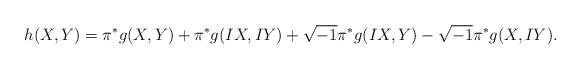
LaTeX: \begin{align*}h(X,Y)=\pi^*g(X,Y)+\pi^*g(IX,IY)+\sqrt{-1}\pi^*g(IX,Y)-\sqrt{-1}\pi^*g(X,IY).\end{align*}